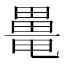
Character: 𤳍